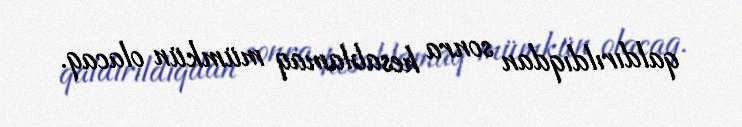
qaldırıldıqdan sonra hesablamaq mümkün olacaq.